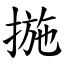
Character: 揓